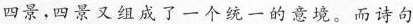
四景，四景又组成了一个统一的意境。而诗句